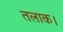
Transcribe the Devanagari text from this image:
तलाक।